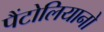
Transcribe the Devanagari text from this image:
पैंटोलियानो